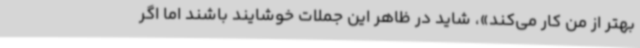
بهتر از من کار می‌کند»، شاید در ظاهر این جملات خوشایند باشند اما اگر